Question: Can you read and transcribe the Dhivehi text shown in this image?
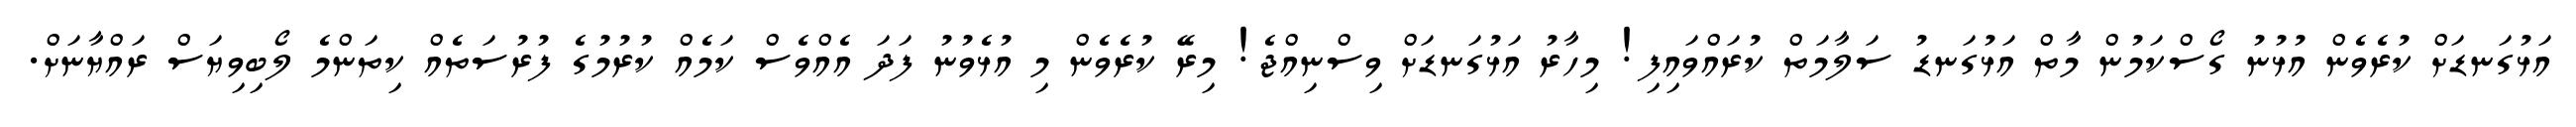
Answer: އަޅުގަނޑަށް ކުރެވެން އުޅުނު ގޯސްކަމުން މާތް އަޅުގަނޑު ސަލާމަތް ކުރައްވައިފި! މިހާރު އަޅުގަނޑަށް ވިސްނިއްޖެ! މިރޭ ކުރެވެން މި އުޅެވުނު ފަދަ އެއްވެސް ކަމެއް ކުރުމުގެ ފުރުސަތެއް ކިތަންމެ ލޯބިވިޔަސް ރައްޔާނަށް.